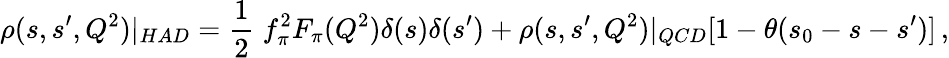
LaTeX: \rho(s,s^{\prime},Q^{2})|_{HAD}=\frac{1}{2}\; f_{\pi}^{2}F_{\pi}(Q^{2})\delta(s)\delta(s^{\prime})+\rho(s,s^{\prime},Q^{2})|_{QCD}[1-\theta(s_{0}-s-s^{\prime})]\, ,